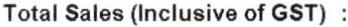
TOTAL SALES (INCLUSIVE OF GST) :